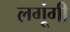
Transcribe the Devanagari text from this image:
लगूंगी